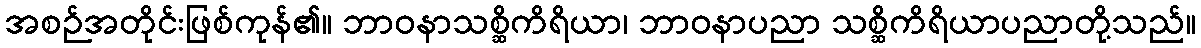
အစဉ်အတိုင်းဖြစ်ကုန်၏။ ဘာဝနာသစ္ဆိကိရိယာ၊ ဘာဝနာပညာ သစ္ဆိကိရိယာပညာတို့သည်။